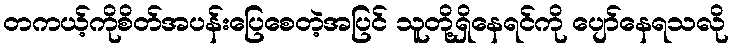
တကယ့်ကိုစိတ်အပန်းပြေစေတဲ့အပြင် သူတို့ရှိနေရင်ကို ပျော်နေရသလို